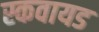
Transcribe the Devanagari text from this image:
स्कवायड